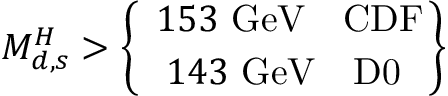
M _ { d , s } ^ { H } > \left\{ \ { 1 5 3 \ \mathrm { G e V } \ \ \ \mathrm { C D F } } \atop { 1 4 3 \ \mathrm { G e V } \ \ \ \mathrm { D 0 } } \right\}